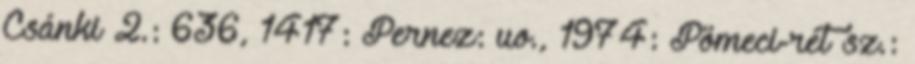
Csánki 2.: 636, 1417: Pernez: uo., 1974: Pömeci-rét sz.: